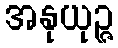
အနုယုဉ္ဇ